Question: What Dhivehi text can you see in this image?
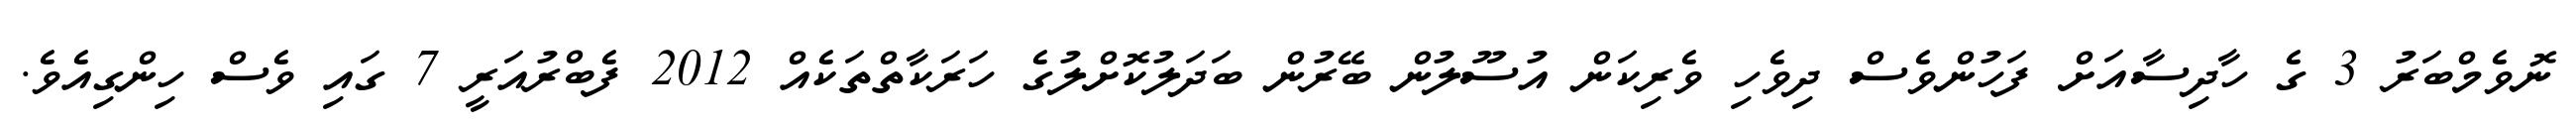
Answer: ނޮވެމްބަރު 3 ގެ ހާދިސާއަށް ފަހުންވެސް ދިވެހި ވެރިކަން އުސޫލުން ބޭރުން ބަދަލުކޮށްލުގެ ހަރަކާތްތަކެއް 2012 ފެބްރުއަރީ 7 ގައި ވެސް ހިންގިއެވެ.